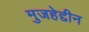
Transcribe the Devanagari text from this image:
मुजहेद्दीन